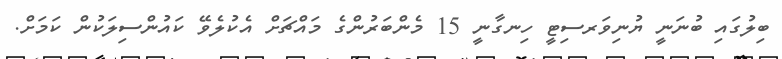
ބިލުގައި ބުނަނީ ޔުނިވަރސިޓީ ހިނގާނީ 15 މެންބަރުންގެ މައްޗަށް އެކުލެވޭ ކައުންސިލަކުން ކަމަށް.